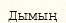
Дымың